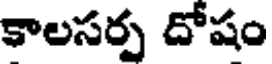
కాలసర్ప దోషం